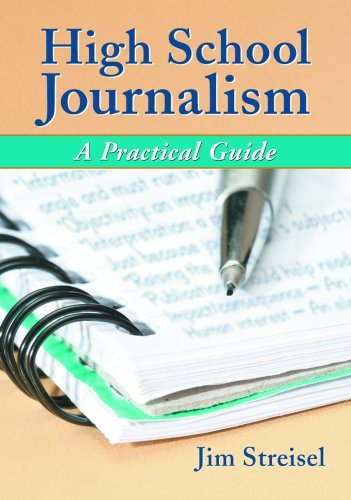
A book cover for High School Journalism: A Practical Guide; Jim Streisel; Teen & Young Adult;